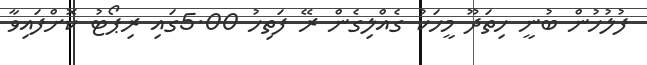
ފުލުހުން ބުނީ ހިތަދޫ މީހަކު ގެއްލިގެން ރޭ ފަތިހު 5.00ގައި ރިޕޯޓު ކޮށްފައިވާ